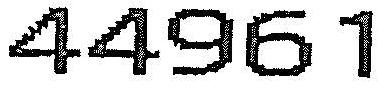
44961